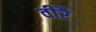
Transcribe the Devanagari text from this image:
वीरै